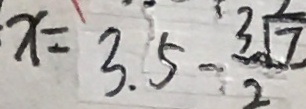
x = 3 . 5 - \frac { 3 \sqrt { 7 } } { 2 }